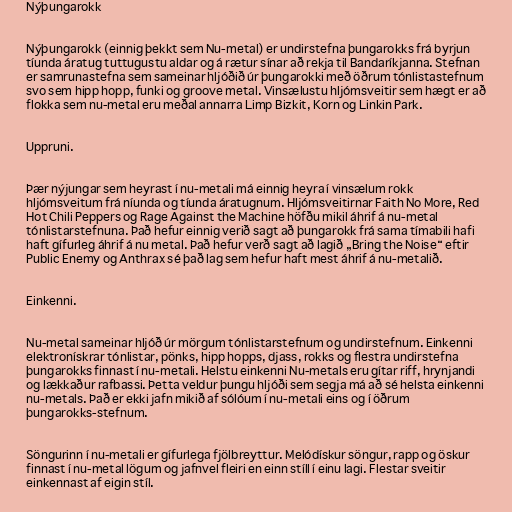
Nýþungarokk

Nýþungarokk (einnig þekkt sem Nu-metal) er undirstefna þungarokks frá byrjun
tíunda áratug tuttugustu aldar og á rætur sínar að rekja til Bandaríkjanna. Stefnan
er samrunastefna sem sameinar hljóðið úr þungarokki með öðrum tónlistastefnum
svo sem hipp hopp, funki og groove metal. Vinsælustu hljómsveitir sem hægt er að
flokka sem nu-metal eru meðal annarra Limp Bizkit, Korn og Linkin Park.

Uppruni.

Þær nýjungar sem heyrast í nu-metali má einnig heyra í vinsælum rokk
hljómsveitum frá níunda og tíunda áratugnum. Hljómsveitirnar Faith No More, Red
Hot Chili Peppers og Rage Against the Machine höfðu mikil áhrif á nu-metal
tónlistarstefnuna. Það hefur einnig verið sagt að þungarokk frá sama tímabili hafi
haft gífurleg áhrif á nu metal. Það hefur verð sagt að lagið „Bring the Noise“ eftir
Public Enemy og Anthrax sé það lag sem hefur haft mest áhrif á nu-metalið.

Einkenni.

Nu-metal sameinar hljóð úr mörgum tónlistarstefnum og undirstefnum. Einkenni
elektronískrar tónlistar, pönks, hipp hopps, djass, rokks og flestra undirstefna
þungarokks finnast í nu-metali. Helstu einkenni Nu-metals eru gítar riff, hrynjandi
og lækkaður rafbassi. Þetta veldur þungu hljóði sem segja má að sé helsta einkenni
nu-metals. Það er ekki jafn mikið af sólóum í nu-metali eins og í öðrum
þungarokks-stefnum.

Söngurinn í nu-metali er gífurlega fjölbreyttur. Melódískur söngur, rapp og öskur
finnast í nu-metal lögum og jafnvel fleiri en einn stíll í einu lagi. Flestar sveitir
einkennast af eigin stíl.